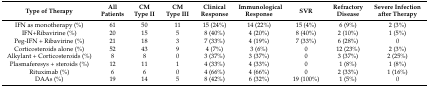
<table><thead><tr><td><b>Type of Therapy</b></td><td><b>All Patients</b></td><td><b>CM Type II</b></td><td><b>CM Type III</b></td><td><b>Clinical Response</b></td><td><b>Immunological Response</b></td><td><b>SVR</b></td><td><b>Refractory Disease</b></td><td><b>Severe Infection after Therapy</b></td></tr></thead><tbody><tr><td>IFN as monotherapy (%)</td><td>61</td><td>50</td><td>11</td><td>15 (24%)</td><td>14 (22%)</td><td>15 (4%)</td><td>6 (9%)</td><td>2 (3%)</td></tr><tr><td>IFN+Ribavirine (%)</td><td>20</td><td>15</td><td>5</td><td>8 (40%)</td><td>4 (20%)</td><td>8 (40%)</td><td>2 (10%)</td><td>1 (5%)</td></tr><tr><td>Peg-IFN + Ribavirine (%)</td><td>21</td><td>18</td><td>3</td><td>7 (33%)</td><td>4 (19%)</td><td>7 (33%)</td><td>6 (28%)</td><td>0</td></tr><tr><td>Corticosteroids alone (%)</td><td>52</td><td>43</td><td>9</td><td>4 (7%)</td><td>3 (6%)</td><td>0</td><td>12 (23%)</td><td>2 (3%)</td></tr><tr><td>Alkylant + Corticosteroids (%)</td><td>8</td><td>8</td><td>0</td><td>3 (37%)</td><td>3 (37%)</td><td>0</td><td>3 (37%)</td><td>2 (25%)</td></tr><tr><td>Plasmaferesys + steroids (%)</td><td>12</td><td>11</td><td>1</td><td>4 (33%)</td><td>4 (33%)</td><td>0</td><td>1 (8%)</td><td>1 (8%)</td></tr><tr><td>Rituximab (%)</td><td>6</td><td>6</td><td>0</td><td>4 (66%)</td><td>4 (66%)</td><td>0</td><td>2 (33%)</td><td>1 (16%)</td></tr><tr><td>DAAs (%)</td><td>19</td><td>14</td><td>5</td><td>8 (42%)</td><td>6 (32%)</td><td>19 (100%)</td><td>1 (5%)</td><td>0</td></tr></tbody></table>